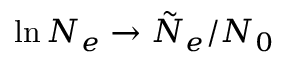
\ln N _ { e } \rightarrow \tilde { N } _ { e } / N _ { 0 }